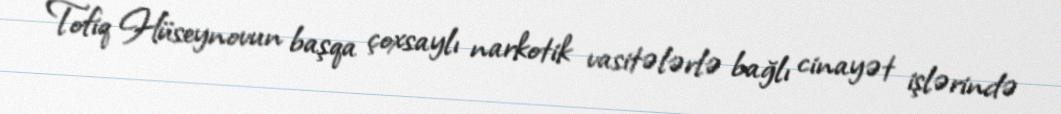
Tofiq Hüseynovun başqa çoxsaylı narkotik vasitələrlə bağlı cinayət işlərində